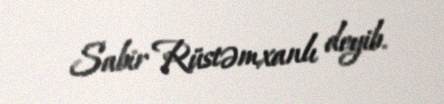
Sabir Rüstəmxanlı deyib.